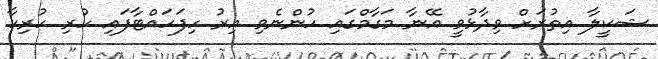
ޝަކީލާ އިތުރަށް ވިދާޅުވީ އޭނާ މަގާމްގައި ހުންނެވި އިރު ހިފަހައްޓާފައި ހުރި ހުރިހާ